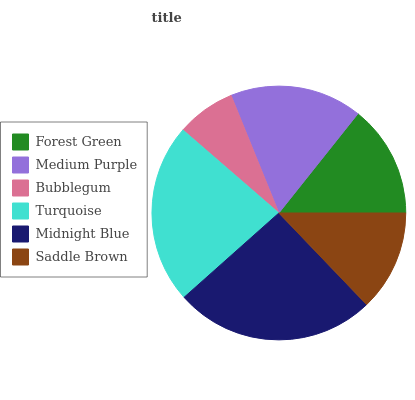
| Forest Green | Medium Purple | Bubblegum | Turquoise | Midnight Blue | Saddle Brown |
 | --- | --- | --- | --- | --- | --- |
 | 14.3% | 16.9% | 7.49% | 22.9% | 25.6% | 12.8% |